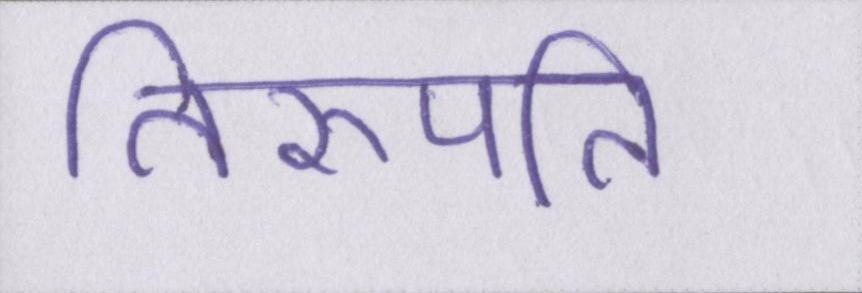
तिरुपति